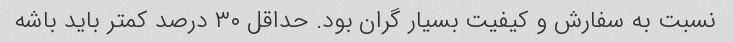
نسبت به سفارش و کیفیت بسیار گران بود. حداقل ۳۰ درصد کمتر باید باشه